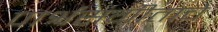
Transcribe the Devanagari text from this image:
पार्श्वसंगीताचे